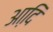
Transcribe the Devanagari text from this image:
आदि़